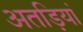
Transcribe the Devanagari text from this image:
अतड़ियां